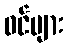
ဝင်များ